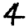
Digit: 4